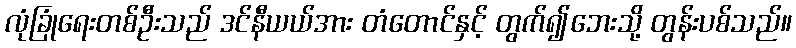
လုံခြုံရေးတစ်ဦးသည် ဒင်နီယယ်အား တံတောင်နှင့် တွက်၍ဘေးသို့ တွန်းပစ်သည်။